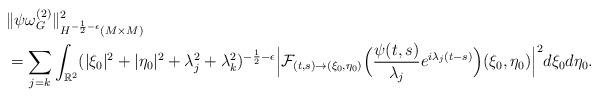
LaTeX: \begin{align*}&\|\psi \omega^{(2)}_{G}\|^2_{H^{-\frac{1}{2}-\epsilon}(M\times M)}\\&=\sum_{j=k}\int_{\mathbb{R}^2}(|\xi_0|^2+|\eta_0|^2+\lambda_j^2+\lambda_k^2)^{-\frac{1}{2}-\epsilon}\Big|{\mathcal F_{(t,s)\to(\xi_0,\eta_0)}}\Big(\frac{\psi(t,s)}{\lambda_j}e^{i{\lambda_j(t-s)}}\Big)(\xi_0, \eta_0)\Big|^2d\xi_0d\eta_0.\end{align*}